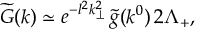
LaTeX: \widetilde { G } ( k ) \simeq e ^ { - l ^ { 2 } k _ { \perp } ^ { 2 } } \, \widetilde { g } ( k ^ { 0 } ) \, 2 \Lambda _ { + } ,